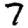
Digit: 7